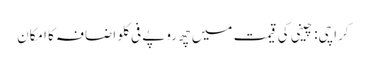
کراچی: چینی کی قیمت میں چھ روپے فی کلو اضافہ کا امکان